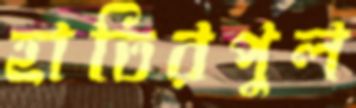
হাতিরপুল